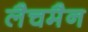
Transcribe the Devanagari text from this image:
लैचमैन